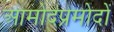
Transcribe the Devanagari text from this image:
आमोदप्रमोदों